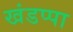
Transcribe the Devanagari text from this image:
खंडप्पा